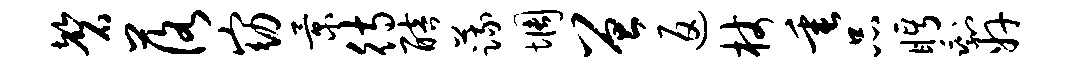
磬落窈景待醅蔬惆曾返杖垂品眄剩奸